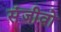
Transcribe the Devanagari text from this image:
संजीवो